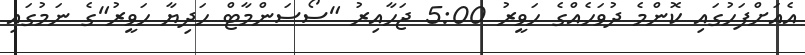
އެއަށްފަހުގައި ކޮންމެ ދުވަހެއްގެ ހަވީރު 5:00 ޖަހާއިރު "ސޯސަންމާޓް ހަދިޔާ ހަވީރު"ގެ ނަމުގައި